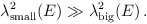
\begin{align*}\lambda^2_{\mbox{\scriptsize{small}}}(E) \gg\lambda^2_{\mbox{\scriptsize{big}}}(E) \,.\end{align*}